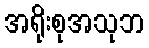
အရိုးစုအသုဘ